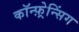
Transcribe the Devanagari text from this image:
कॉन्फ़्रेन्सिंग